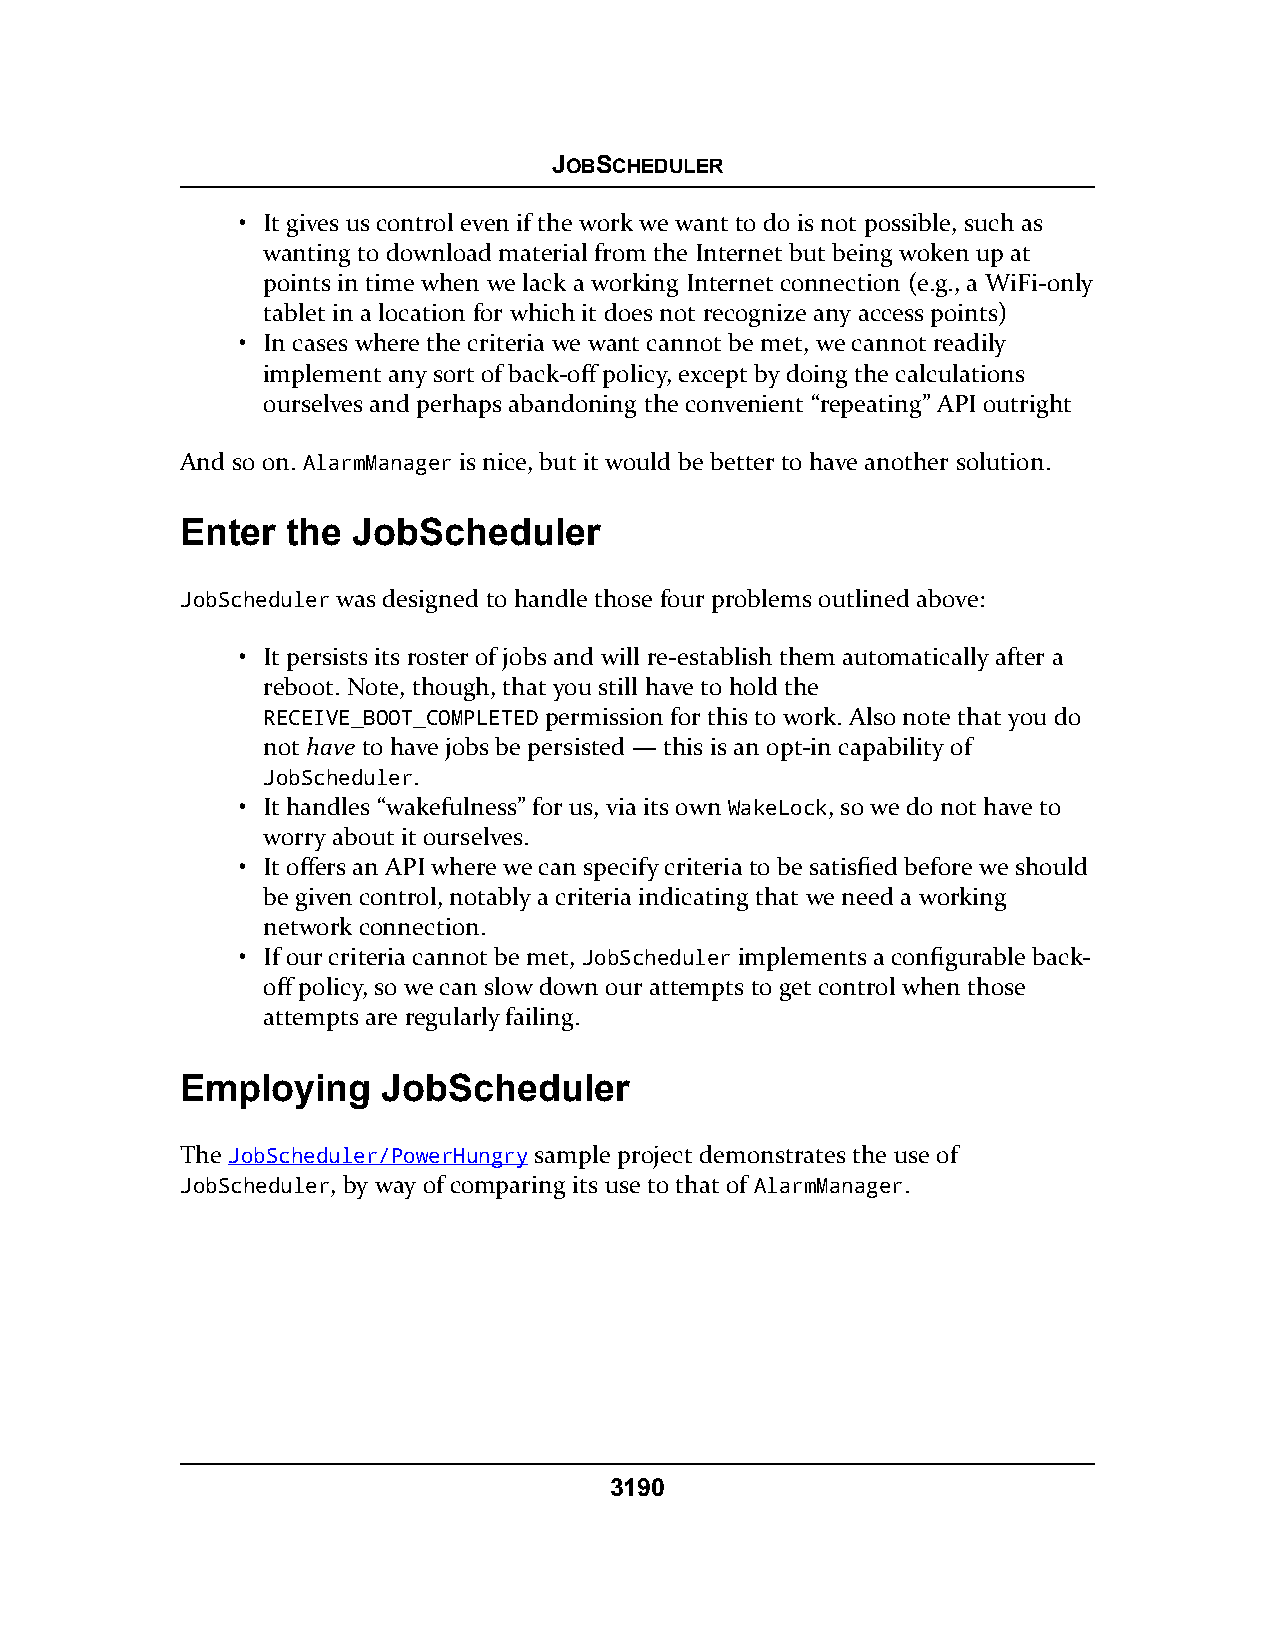
JOBSCHEDULER
 • It gives us control even if the work we want to do is not possible, such as
 wanting to download material from the Internet but being woken up at
 points in time when we lack a working Internet connection (e.g., a WiFi-only
 tablet in a location for which it does not recognize any access points)
 • In cases where the criteria we want cannot be met, we cannot readily
 implement any sort of back-off policy, except by doing the calculations
 ourselves and perhaps abandoning the convenient “repeating” API outright
 And so on. AlarmManager is nice, but it would be better to have another solution.
 Enter  the JobScheduler
 JobScheduler was designed to handle those four problems outlined above:
 • It persists its roster of jobs and will re-establish them automatically after a
 reboot. Note, though, that you still have to hold the
 RECEIVE_BOOT_COMPLETED permission for this to work. Also note that you do
 not have to have jobs be persisted — this is an opt-in capability of
 JobScheduler.
 • It handles “wakefulness” for us, via its own WakeLock, so we do not have to
 worry about it ourselves.
 • It offers an API where we can specify criteria to be satisfied before we should
 be given control, notably a criteria indicating that we need a working
 network connection.
 • If our criteria cannot be met, JobScheduler implements a configurable back-
 off policy, so we can slow down our attempts to get control when those
 attempts are regularly failing.
 Employing    JobScheduler
 The JobScheduler/PowerHungry sample project demonstrates the use of
 JobScheduler, by way of comparing its use to that of AlarmManager.
 3190